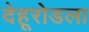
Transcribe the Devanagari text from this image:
देहूरोडला